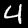
Label: 4